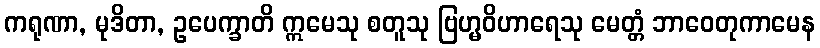
ကရုဏာ, မုဒိတာ, ဥပေက္ခာတိ ဣမေသု စတူသု ဗြဟ္မဝိဟာရေသု မေတ္တံ ဘာဝေတုကာမေန